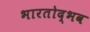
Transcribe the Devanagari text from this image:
भारतोद्भव